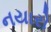
નયારો